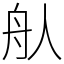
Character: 𦨈